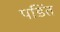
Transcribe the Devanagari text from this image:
पडिंत